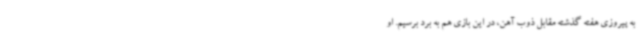
به پیروزی هفته گذشته مقابل ذوب آهن، در این بازی هم به برد برسیم. او